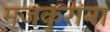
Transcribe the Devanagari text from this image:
मजकुरांना